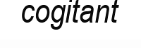
cogitant